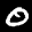
Label: 0